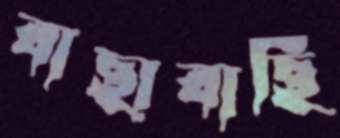
বাছাবাছি